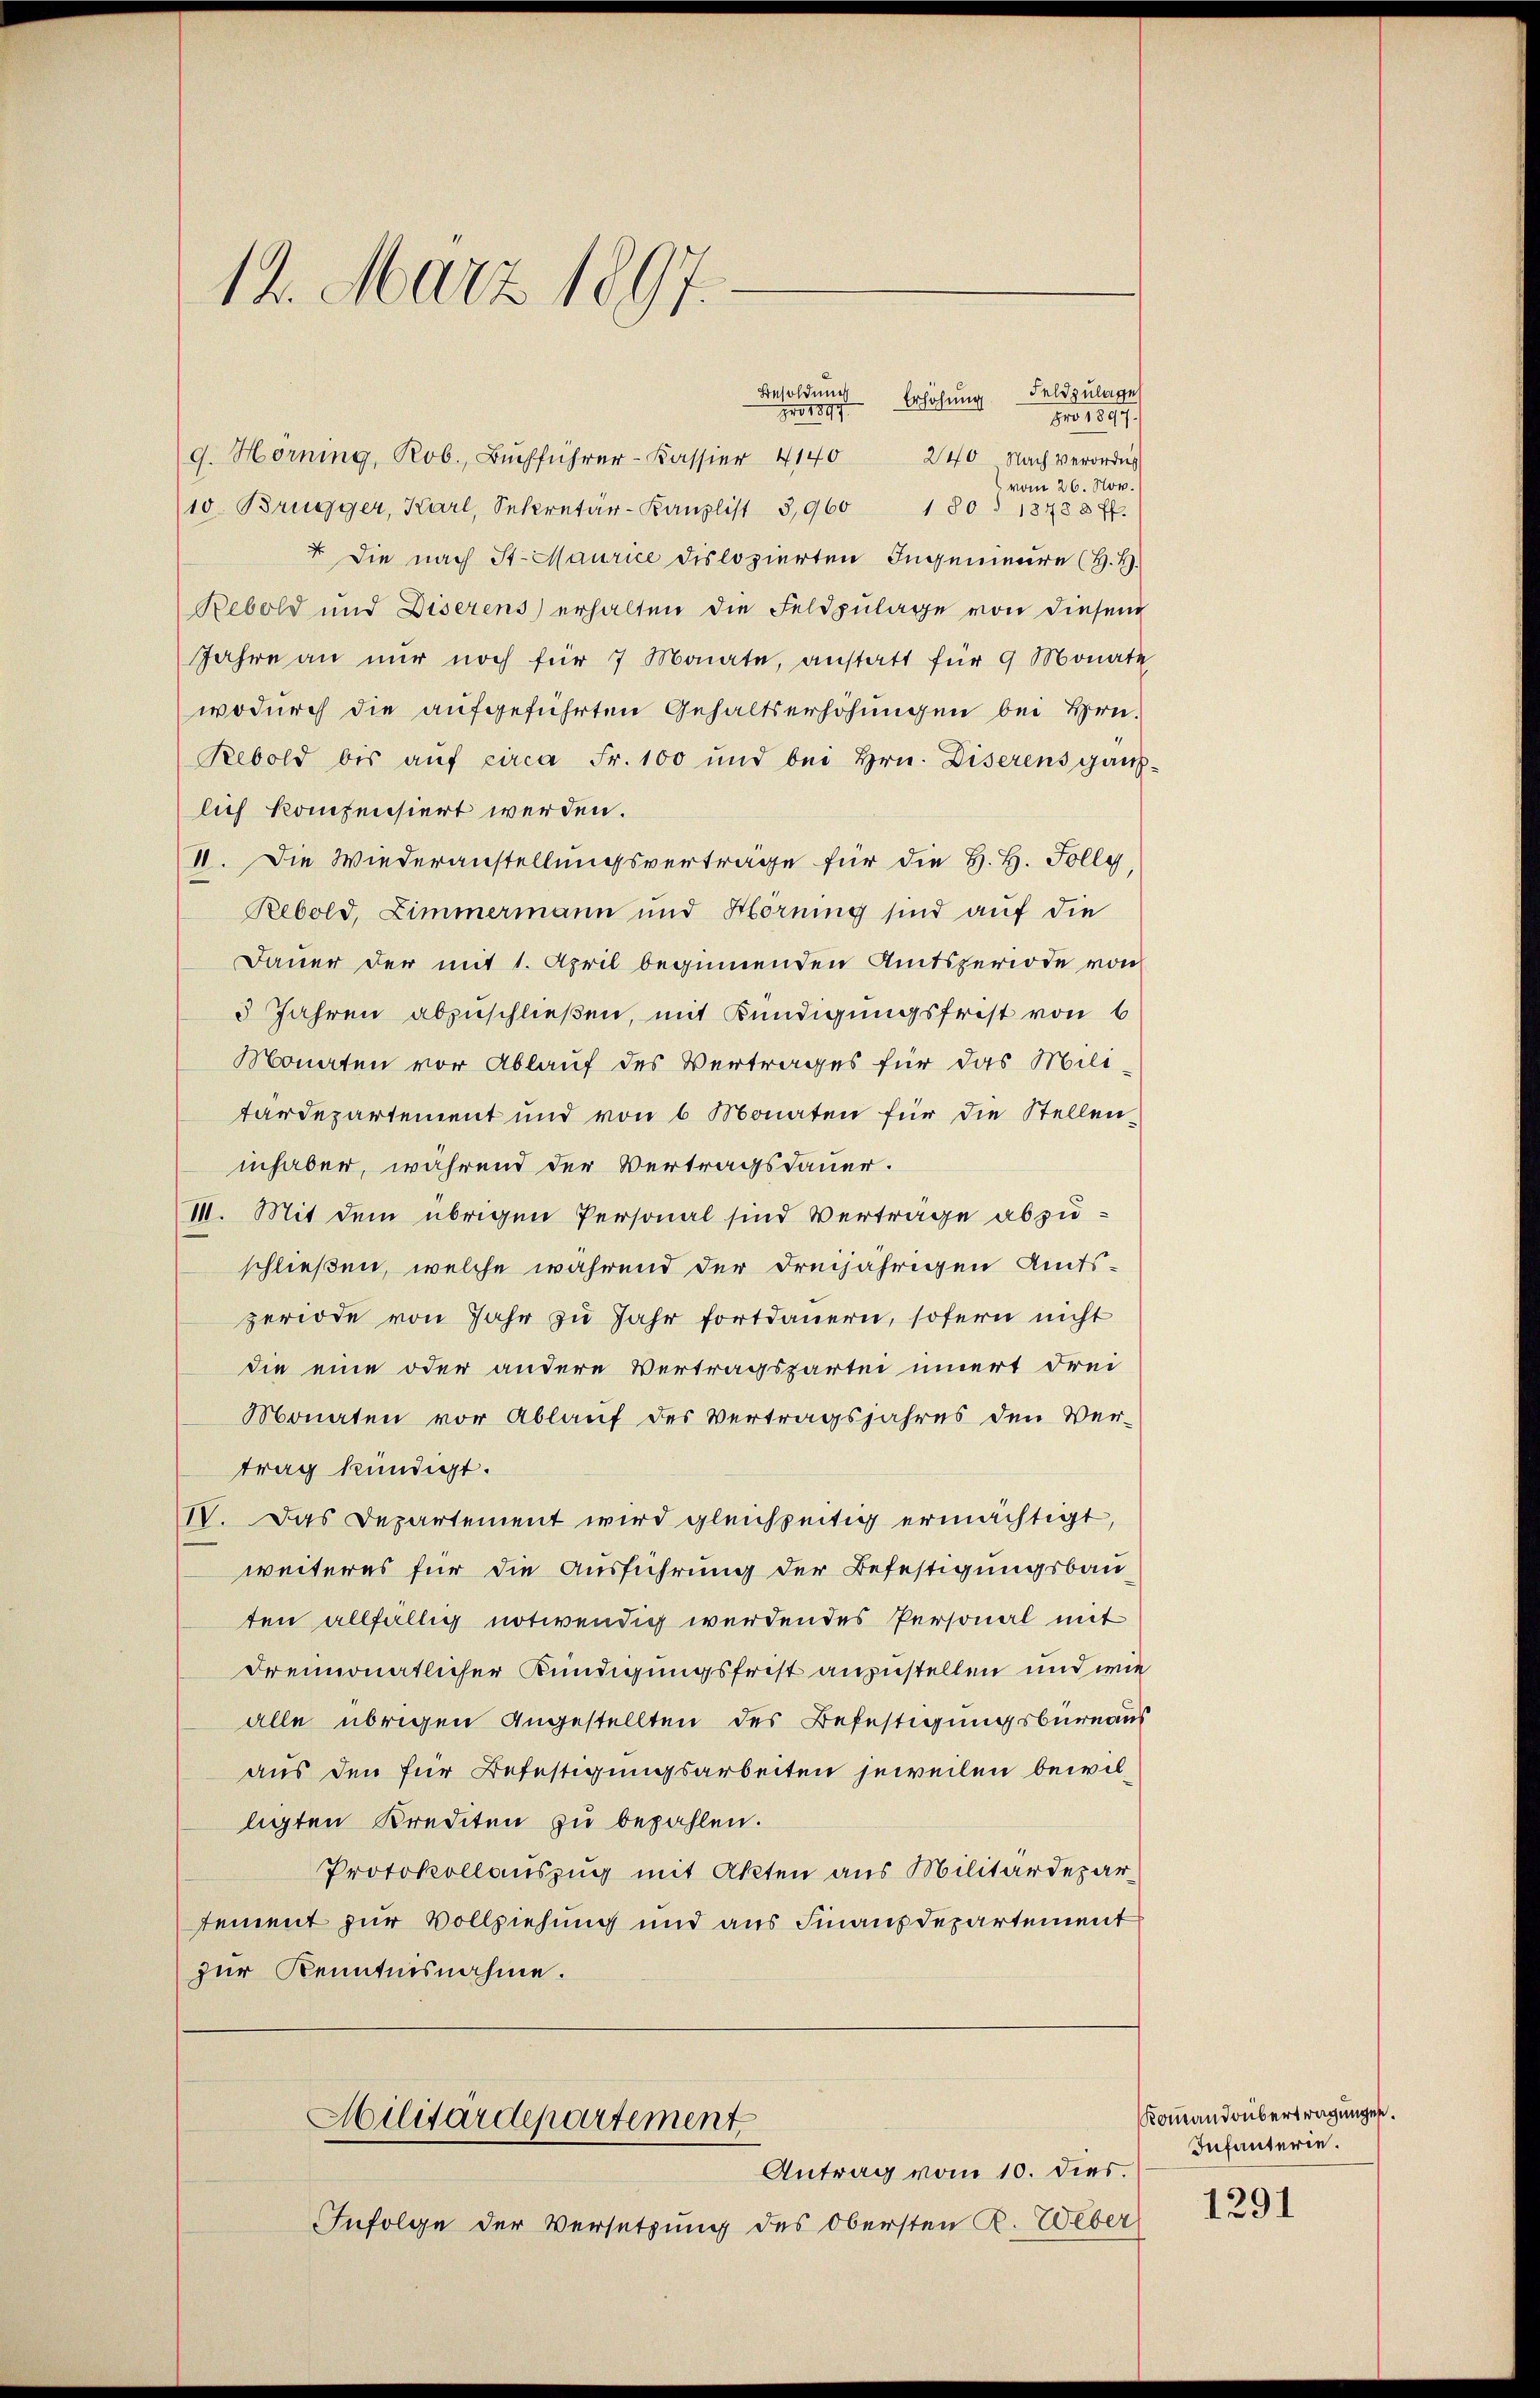
12. März 1897.

Besoldung
pro 1897 Erhöhung Feldzulage
pro 1847.
9. Hörning, Rob. Bŭchführer-Kassier 4140 240 Nach verordne
vom 26. Nov.
10. Brugger, Karl, Sekretär-Kanzlist 3,960 1 80. 18488 ff.
+ Die nach St. Maurice dislozierten Ingenieure (H. H.
Rebold und Diserens) erhalten die Feldzŭlage von diesem
Jahre an nur noch für 7 Monate, anstatt für 9 Monate
wodurch die aufgeführten Gehaltserhöhungen bei Hrn.
Rebold bis aŭf circa Fr. 100 und bei Hrn. Diserens ganz
lich kompensiert werden.
II. Die Wiederanstellungsvertrage für die H. H. Folly,
Rebold, Zimmermann und Hornung sind auf die
Dauer der mit 1. April beginnenden Amtsperiode von
3 Jahren abzuschließen, mit Kündigungsfrist von 6
Monaten vor Ablauf des Vertrages für das Mili-
tardepartement und von 6 Monaten für die Stelleninhaber, während der Vertragsdauer.
III. Mit dem übrigen Personal sind Vertrage abzuschließen, welche während der dreijährigen Amts-
periode von Jahr zu Jahr fortdauern, sofern nicht
die eine oder andere Vertragspartei innert Frei
Monaten vor Ablauf des Vertragsjahres den Ver-
trag kündigt.
IV. Das Departement wird gleichzeitig ermächtigt,
weiteres für die Ausführung der Befestigungsbau-
ten allfällig notwendig werdendes Personal mit
dreimonatlicher Kündigungsfrist anzustellen und wie
alle übrigen Angestellten des Befestigungsbureaus
aus den für Befestigungsarbeiten jeweilen bewilligten Krediten zu bezahlen.
Protokollauszug mit Akten aus Militärdepartement zur Vollziehung und aus Finanzdepartement
zur Kenntnisnahme.

Infolge der Versetzung des Obersten R. Weber

Militärdepartement
Antrag vom 10. dies.

Kommandobertragungen.
Infanterie.

1291